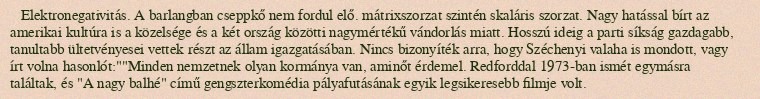
Elektronegativitás. A barlangban cseppkő nem fordul elő. mátrixszorzat szintén skaláris szorzat. Nagy hatással bírt az amerikai kultúra is a közelsége és a két ország közötti nagymértékű vándorlás miatt. Hosszú ideig a parti síkság gazdagabb, tanultabb ültetvényesei vettek részt az állam igazgatásában. Nincs bizonyíték arra, hogy Széchenyi valaha is mondott, vagy írt volna hasonlót:""Minden nemzetnek olyan kormánya van, aminőt érdemel. Redforddal 1973-ban ismét egymásra találtak, és "A nagy balhé" című gengszterkomédia pályafutásának egyik legsikeresebb filmje volt.